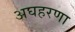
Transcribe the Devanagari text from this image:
अघहरणा